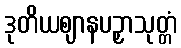
ဒုတိယဈာနပဉှာသုတ္တံ